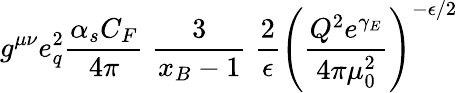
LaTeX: g^{\mu\nu}e_{q}^{2}{\frac{\alpha_{s}C_{F}}{4\pi}}\; {\frac{3}{x_{B}-1}}\; {\frac{2}{\epsilon}}\left({\frac{Q^{2}e^{\gamma_{E}}}{4\pi\mu_{0}^{2}}}\right)^{-\epsilon/2}